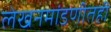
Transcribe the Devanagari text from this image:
लेखनमांडणीतही